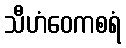
သီဟံဝေကစရံ